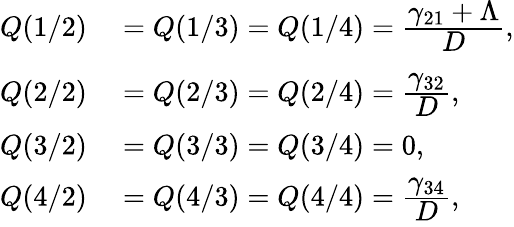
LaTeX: \begin{array}{rl}{Q(1/2)}&{{}=Q(1/3)=Q(1/4)=\cfrac{\gamma_{21}+\Lambda}{D},}\\ {Q(2/2)}&{{}=Q(2/3)=Q(2/4)=\cfrac{\gamma_{32}}{D},}\\ {Q(3/2)}&{{}=Q(3/3)=Q(3/4)=0,}\\ {Q(4/2)}&{{}=Q(4/3)=Q(4/4)=\cfrac{\gamma_{34}}{D},}\end{array}